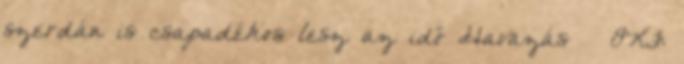
szerdán is csapadékos lesz az idő Havazás – OKF: